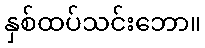
နှစ်ထပ်သင်းဘော။